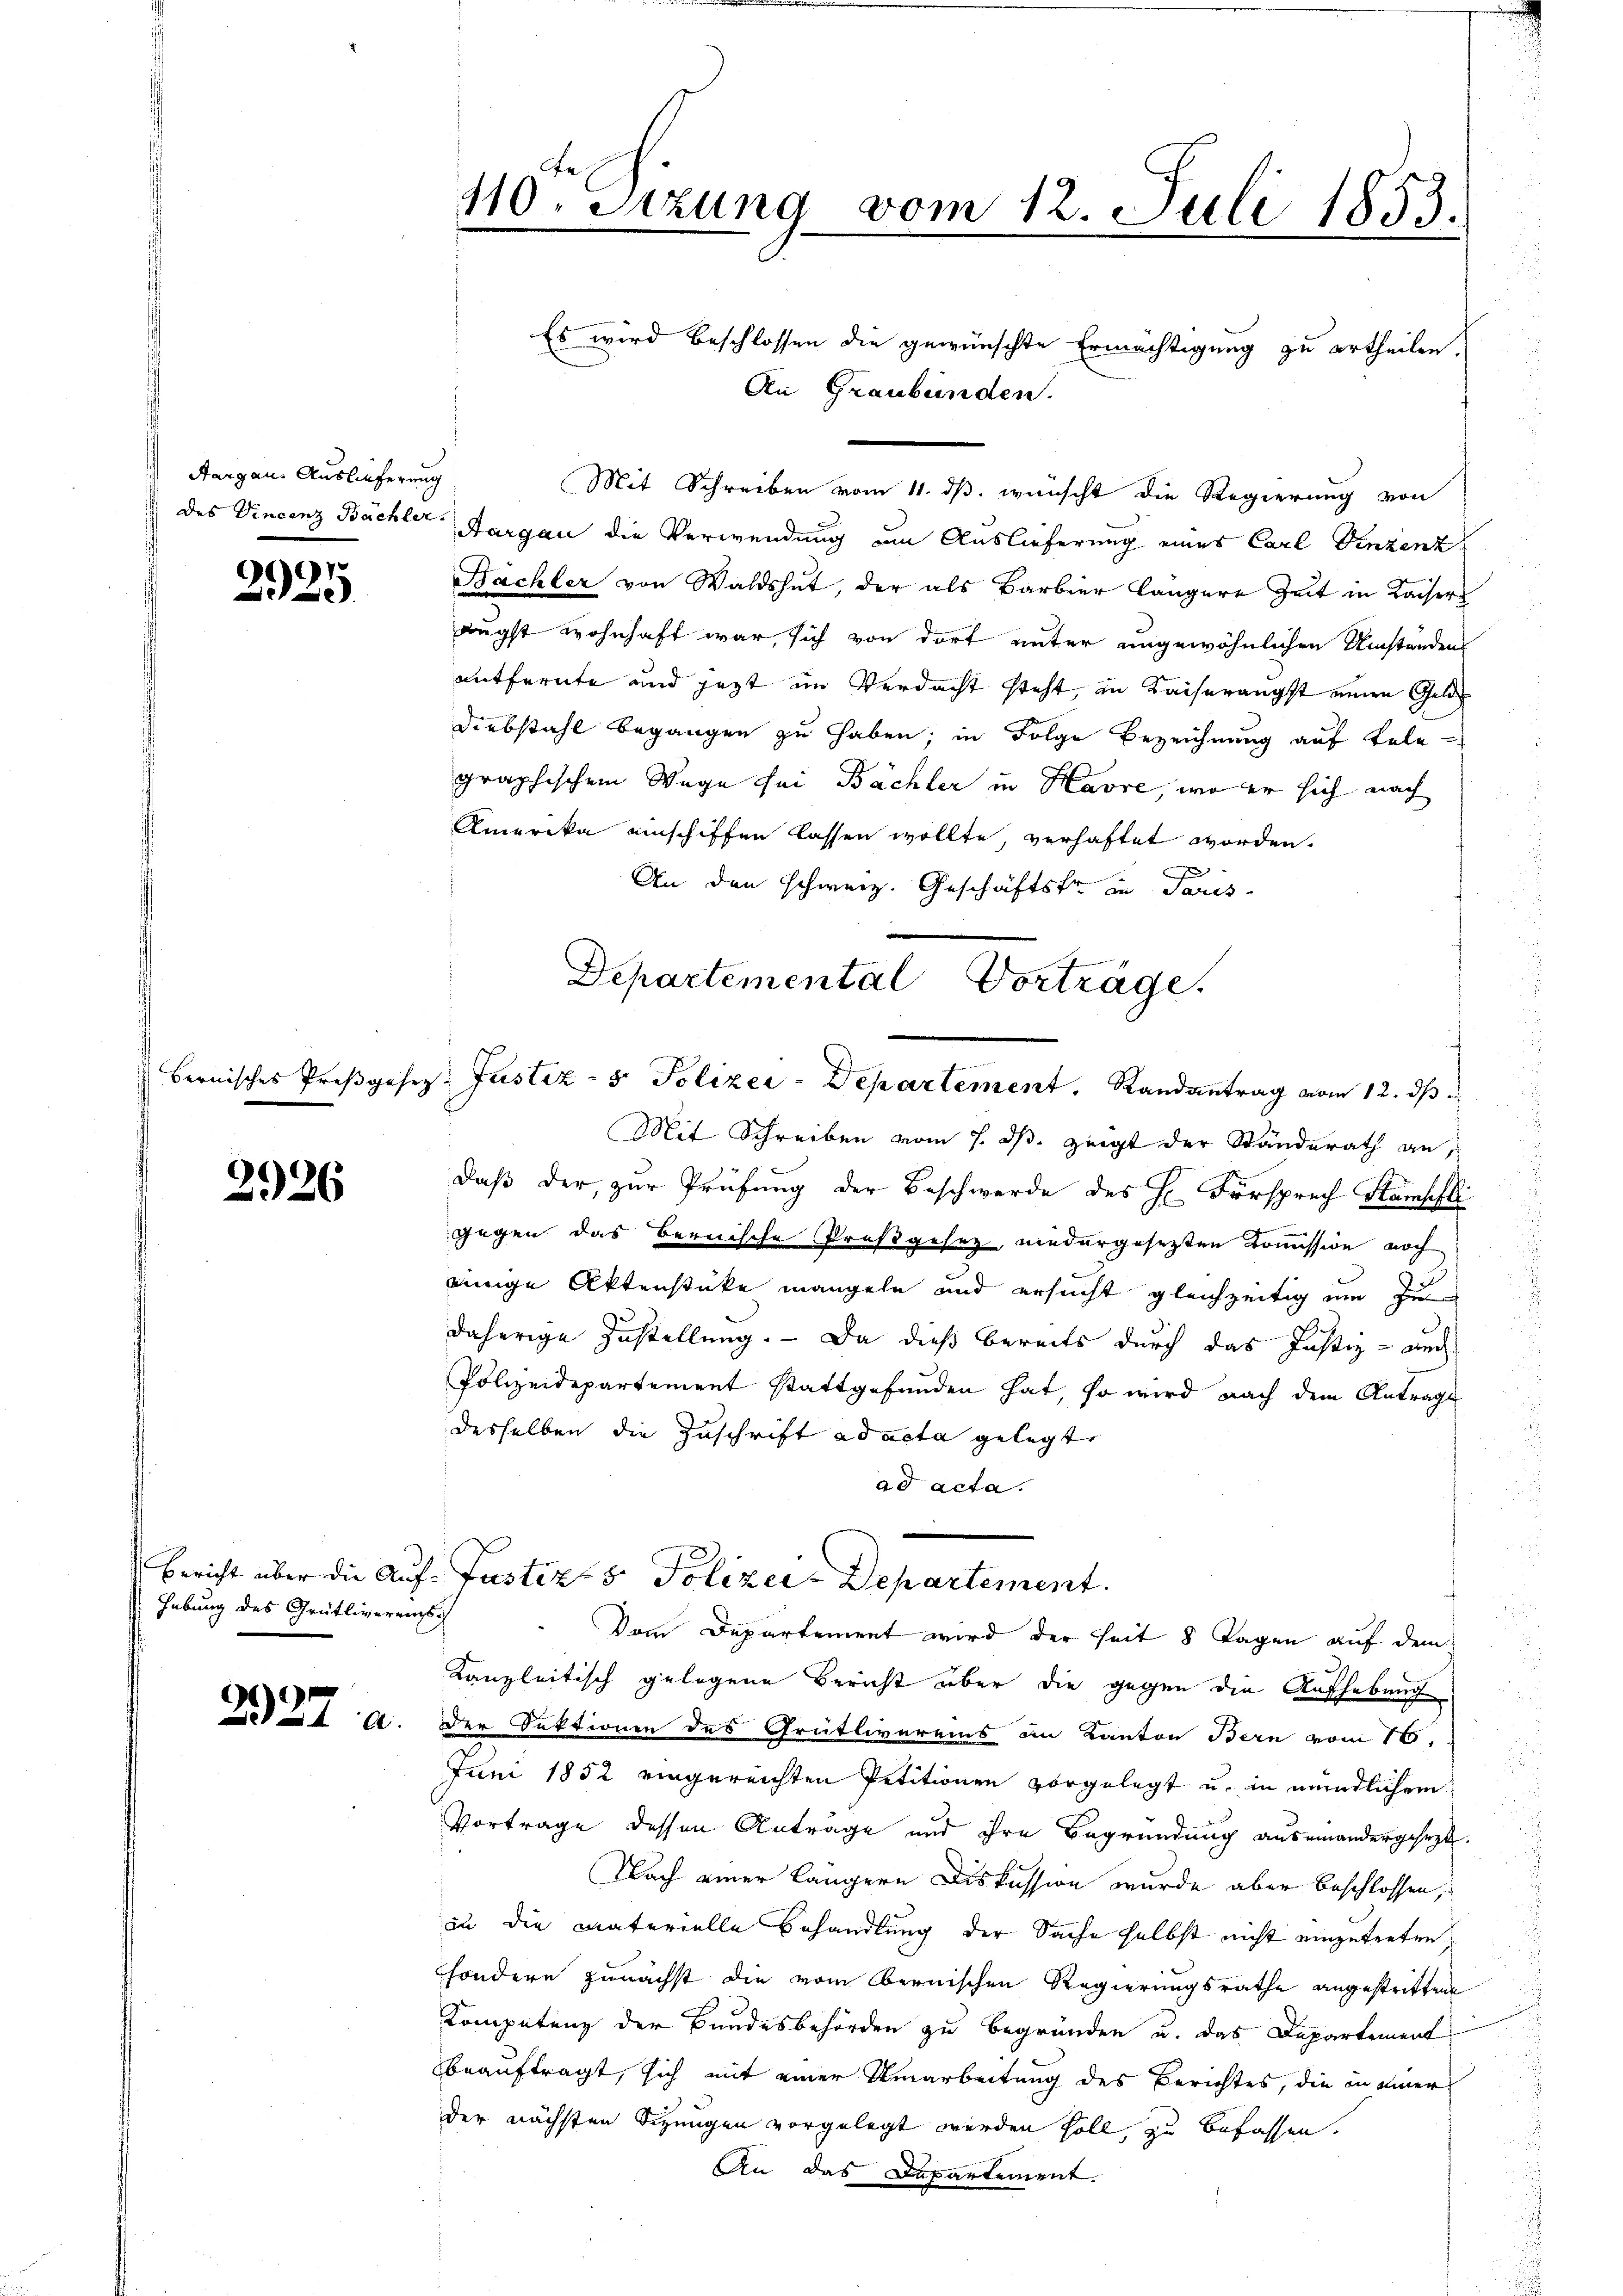
Aargau. Auslieferung

97
e

bernisches Preßgef

2926

Hebung des Grütlivereins¬

2927 a

110. Sitzung vom 12. Juli 1853.
Kand

Es wird beschlossen die gewünschte Ermächtigung zu ertheilen.
An Graubünden.
Mit Schreiben vom 11. ds. wünscht die Regierung von
des Vincenz Bächler Aargau die Verwendung um Auslieferung eines Carl Vinzenz
Bächler von Waldshut, der als Barbier längere Zeit in Kaisers
äugst wohnhaft war, sich von dort unter ungewöhnlichen Umständen
entfernte und jetzt im Verdacht steht, in Kaiserangst einen Gelde
Diebstahl begangen zu haben; in Folge Bezeichnung auf tele-
graphischem Wege sei Bächler in Havre, wo er sich nach
d
Amerika einschiffen lassen wollte, verhaftet worden.
An den schweiz. Geschäftsfr. in Paris
Mit Schreiben vom 1. ds. zeigt der Standerath an,
daß der zur Prüfung der Beschwerde des H. Fürsprech Stampfli
gegen das bernische Prosgesetz niedergesetzten Kommission noch
einige Aktenstücke mangeln und ersucht gleichzeitig um zu
8
daherige Zustellung. — Da dieß bereits durch das Justiz - auch
Polizeidepartement stattgefunden hat, so wird nach dem Antrage
desselben die Zuschrift ad acta gelegte
ad acta.
Bericht über die Auf- Justiz- & Polizei-Departement.
Vom Departement wird der Zeit 8 Tagen auf dem
Kanzleitisch gelegene Bericht über die gegen die Aufhebung
der Sektionen des Grütlivereins an Kanton Bern vom 1t
Juni 1852 eingereichten Petitionen vorgelegt u. in mündlichem
Vortrage dessen Anträge und ihre Begründung auseinandergesezt.
Nach einer längere Diskussion wurde aber beschlossen,
iu die materielle Behandlung der Sache selbst nicht einzutreten,
sondern zunächst die vom Obernischen Regierungsrathe angestritten
Kompetenz der Bundesbehörden zu begründen u. das Departement
beauftragt, sich mit einer Umarbeitung des Berichtes, die in einer
der nächsten Sizungen vorgelegt werden soll, zu befassen.
An das Departement.

Departemental Vorträge.
lez. Justiz- & Polizei-Departement. Randantrag vom 12. ds